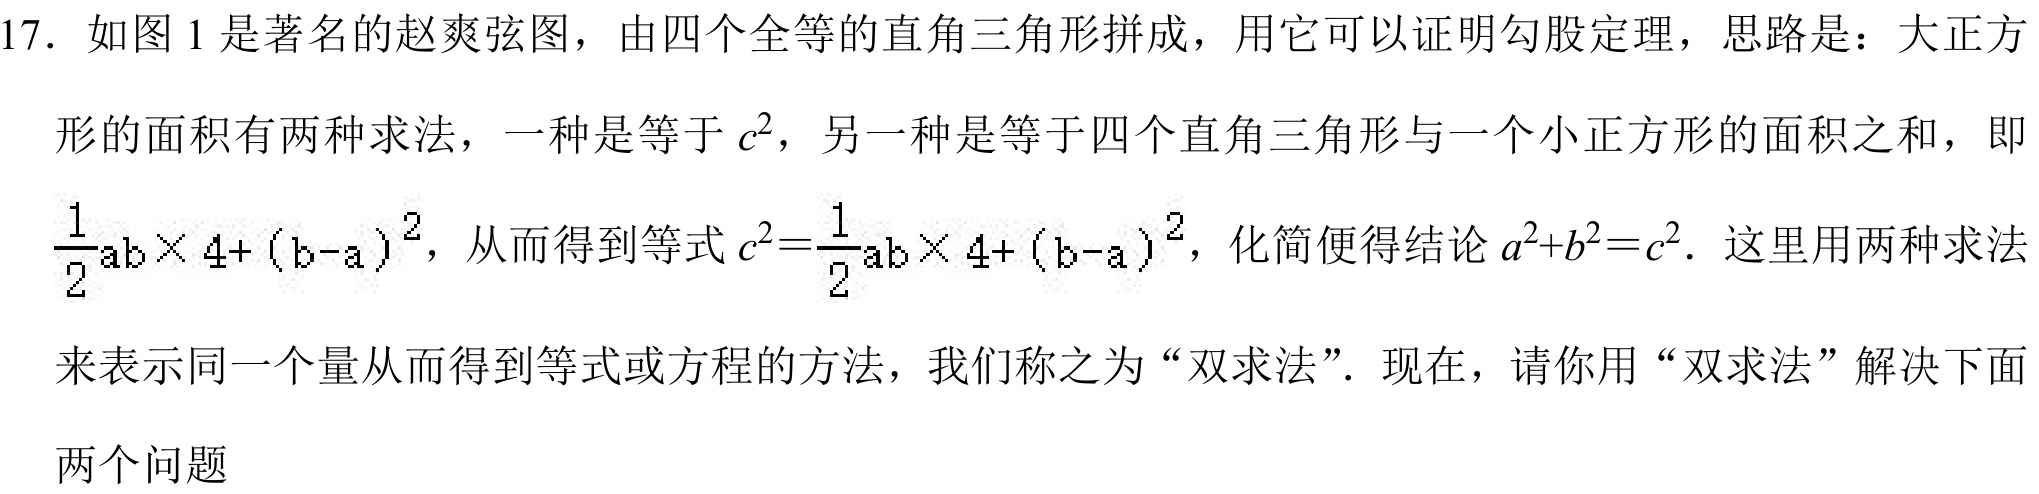
17. 如图 1 是著名的赵爽弦图，由四个全等的直角三角形拼成，用它可以证明勾股定理，思路是：大正方
形的面积有两种求法，一种是等于 \(c^{2}\)，另一种是等于四个直角三角形与一个小正方形的面积之和，即
\(\dfrac{1}{2}ab\times 4+(b - a)^{2}\)，从而得到等式 \(c^{2}=\dfrac{1}{2}ab\times 4+(b - a)^{2}\)，化简便得结论 \(a^{2}+b^{2}=c^{2}\). 这里用两种求法
来表示同一个量从而得到等式或方程的方法，我们称之为“双求法”. 现在，请你用“双求法”解决下面
两个问题